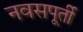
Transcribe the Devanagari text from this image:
नवसपूर्ती